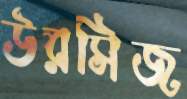
উরসিজ